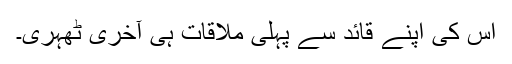
اس کی اپنے قائد سے پہلی ملاقات ہی آخری ٹھہری۔